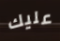
عليك